Indian journal of veterinary science and animal husbandry - Volumes 15-17, 1948-1951
Year: 1948
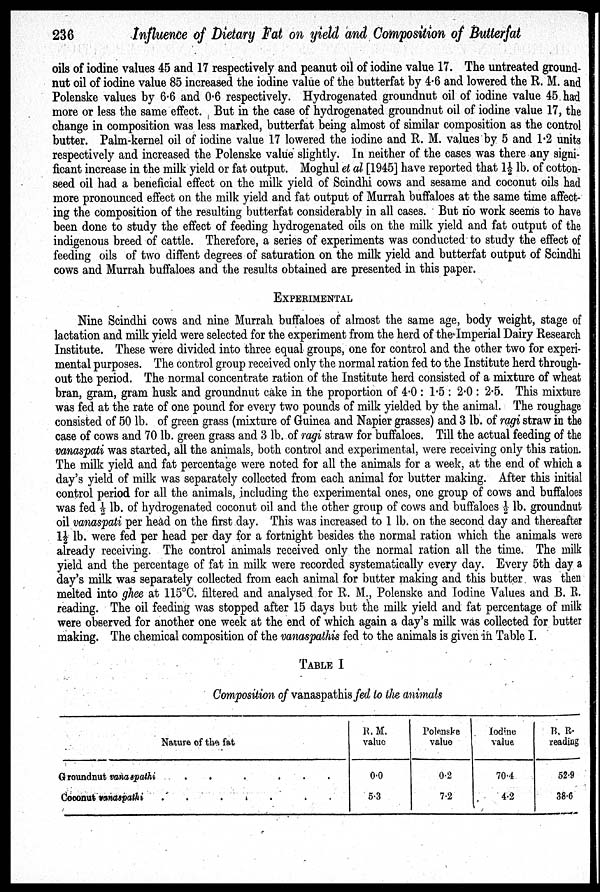
236 Influence of Dietary Fat on yield and Composition of Butterfat
oils of iodine values 45 and 17 respectively and peanut oil of iodine value 17. The untreated ground-
nut oil of iodine value 85 increased the iodine value of the butterfat by 4.6 and lowered the R. M. and
Polenske values by 6.6 and 0.6 respectively. Hydrogenated groundnut oil of iodine value 45 had
more or less the same effect. But in the case of hydrogenated groundnut oil of iodine value 17, the
change in composition was less marked, butterfat being almost of similar composition as the control
butter. Palm-kernel oil of iodine value 17 lowered the iodine and R. M. values by 5 and 1.2 units
respectively and increased the Polenske value slightly. In neither of the cases was there any signi-
ficant increase in the milk yield or fat output. Moghul et al [1945] have reported that 1½ lb. of cotton-
seed oil had a beneficial effect on the milk yield of Scindhi cows and sesame and coconut oils had
more pronounced effect on the milk yield and fat output of Murrah buffaloes at the same time affect-
ing the composition of the resulting butterfat considerably in all cases. But no work seems to have
been done to study the effect of feeding hydrogenated oils on the milk yield and fat output of the
indigenous breed of cattle. Therefore, a series of experiments was conducted to study the effect of
feeding oils of two diffent degrees of saturation on the milk yield and butterfat output of Scindhi
cows and Murrah buffaloes and the results obtained are presented in this paper.
EXPERIMENTAL
Nine Scindhi cows and nine Murrah buffaloes of almost the same age, body weight, stage of
lactation and milk yield were selected for the experiment from the herd of the Imperial Dairy Research
Institute. These were divided into three equal groups, one for control and the other two for experi-
mental purposes. The control group received only the normal ration fed to the Institute herd through-
out the period. The normal concentrate ration of the Institute herd consisted of a mixture of wheat
bran, gram, gram husk and groundnut cake in the proportion of 4.0 : 1.5 : 2.0 : 2.5. This mixture
was fed at the rate of one pound for every two pounds of milk yielded by the animal. The roughage
consisted of 50 lb. of green grass (mixture of Guinea and Napier grasses) and 3 lb. of ragi straw in the
case of cows and 70 lb. green grass and 3 lb. of ragi straw for buffaloes. Till the actual feeding of the
vanaspati was started, all the animals, both control and experimental, were receiving only this ration.
The milk yield and fat percentage were noted for all the animals for a week, at the end of which a
day's yield of milk was separately collected from each animal for butter making. After this initial
control period for all the animals, including the experimental ones, one group of cows and buffaloes
was fed ½ lb. of hydrogenated coconut oil and the other group of cows and buffaloes ½ lb. groundnut
oil vanaspati per head on the first day. This was increased to 1 lb. on the second day and thereafter
1½ lb. were fed per head per day for a fortnight besides the normal ration which the animals were
already receiving. The control animals received only the normal ration all the time. The milk
yield and the percentage of fat in milk were recorded systematically every day. Every 5th day a
day's milk was separately collected from each animal for butter making and this butter was then
melted into ghee at 115ºC. filtered and analysed for R. M., Polenske and Iodine Values and B. R.
reading. The oil feeding was stopped after 15 days but the milk yield and fat percentage of milk
were observed for another one week at the end of which again a day's milk was collected for butter
making. The chemical composition of the vanaspathis fed to the animals is given in Table I.
TABLE I
Composition of vanaspathis fed to the animals
Nature of the fat
Groundnut vanaspathi . . . . . .
Cooonut vanaspathi . . . . . .
R. M.
value
0.0
5.3
Polenske
value
0.2
7.2
Iodine
value
70.4
4.2
B. R.
reading
52.9
38.6